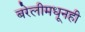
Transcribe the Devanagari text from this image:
बरेलीमधूनही